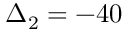
\Delta _ { 2 } = - 4 0